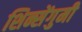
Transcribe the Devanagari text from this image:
शिन्सेंगुमी